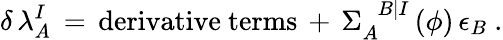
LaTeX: \delta\, \lambda_{A}^{I}\, =\, \mathrm{derivative~terms}\, +\, \Sigma_{A}^{\phantom{A}B\vert I}\left(\phi\right)\, \epsilon_{B}~.